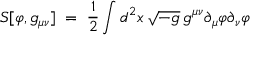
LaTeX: S [ \varphi , g _ { \mu \nu } ] \; = \; \frac { 1 } { 2 } \int d ^ { 2 } x \, \sqrt { - g } \, g ^ { \mu \nu } \partial _ { \mu } \varphi \partial _ { \nu } \varphi